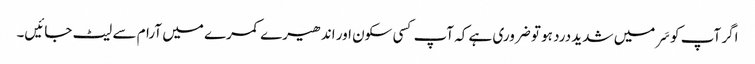
اگر آپ کو سَر میں شدید درد ہو تو ضروری ہے کہ آپ کسی سکون اور اندھیرے کمرے میں آرام سے لیٹ جائیں۔